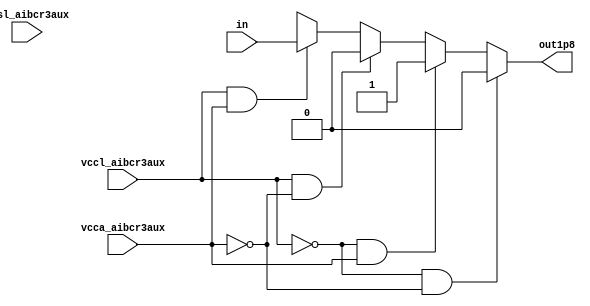
// SPDX-License-Identifier: Apache-2.0
// Copyright (C) 2019 Intel Corporation. 


module aibcr3aux_lvshift_1p8 ( out1p8, vccl_aibcr3aux, vcca_aibcr3aux, vssl_aibcr3aux, in);

output  out1p8;

input  vccl_aibcr3aux, vcca_aibcr3aux, vssl_aibcr3aux;

input  in;
reg out1p8;
//wire NET58 , in_shift , in_shiftb , inb , in_sw , NET59 ;
//no vccl_aibcr3aux, vcca_aibcr3aux and vssl_aibcr3aux tracking as of now.
always @ (in, vccl_aibcr3aux, vcca_aibcr3aux)
begin
	if (vccl_aibcr3aux == 1'b0 && vcca_aibcr3aux == 1'b0) 
	begin
		out1p8 = 1'b0;		
	end
	else if (vccl_aibcr3aux == 1'b0 && vcca_aibcr3aux == 1'b1)
	begin
		out1p8 = 1'b1;
	end
	else if (vccl_aibcr3aux == 1'b1 && vcca_aibcr3aux == 1'b0)
	begin
		out1p8 = 1'b0;
	end
	else if (vccl_aibcr3aux == 1'b1 && vcca_aibcr3aux == 1'b1)
	begin
		out1p8 = in;
	end
	else
	begin
		out1p8 = 1'bx;
	end	
end
endmodule